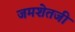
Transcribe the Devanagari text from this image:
जमशेतजी